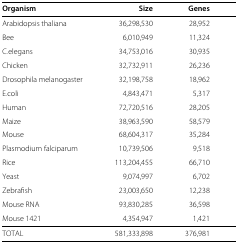
<table><thead><tr><td><b>Organism</b></td><td><b>Size</b></td><td><b>Genes</b></td></tr></thead><tbody><tr><td>Arabidopsis thaliana</td><td>36,298,530</td><td>28,952</td></tr><tr><td>Bee</td><td>6,010,949</td><td>11,324</td></tr><tr><td>C.elegans</td><td>34,753,016</td><td>30,935</td></tr><tr><td>Chicken</td><td>32,732,911</td><td>26,236</td></tr><tr><td>Drosophila melanogaster</td><td>32,198,758</td><td>18,962</td></tr><tr><td>E.coli</td><td>4,843,471</td><td>5,317</td></tr><tr><td>Human</td><td>72,720,516</td><td>28,205</td></tr><tr><td>Maize</td><td>38,963,590</td><td>58,579</td></tr><tr><td>Mouse</td><td>68,604,317</td><td>35,284</td></tr><tr><td>Plasmodium falciparum</td><td>10,739,506</td><td>9,518</td></tr><tr><td>Rice</td><td>113,204,455</td><td>66,710</td></tr><tr><td>Yeast</td><td>9,074,997</td><td>6,702</td></tr><tr><td>Zebrafish</td><td>23,003,650</td><td>12,238</td></tr><tr><td>Mouse RNA</td><td>93,830,285</td><td>36,598</td></tr><tr><td>Mouse 1421</td><td>4,354,947</td><td>1,421</td></tr><tr><td>TOTAL</td><td>581,333,898</td><td>376,981</td></tr></tbody></table>